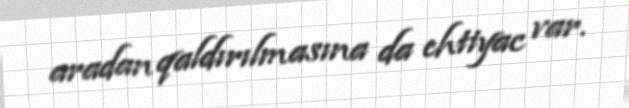
aradan qaldırılmasına da ehtiyac var.